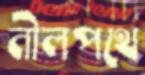
নীলপথে